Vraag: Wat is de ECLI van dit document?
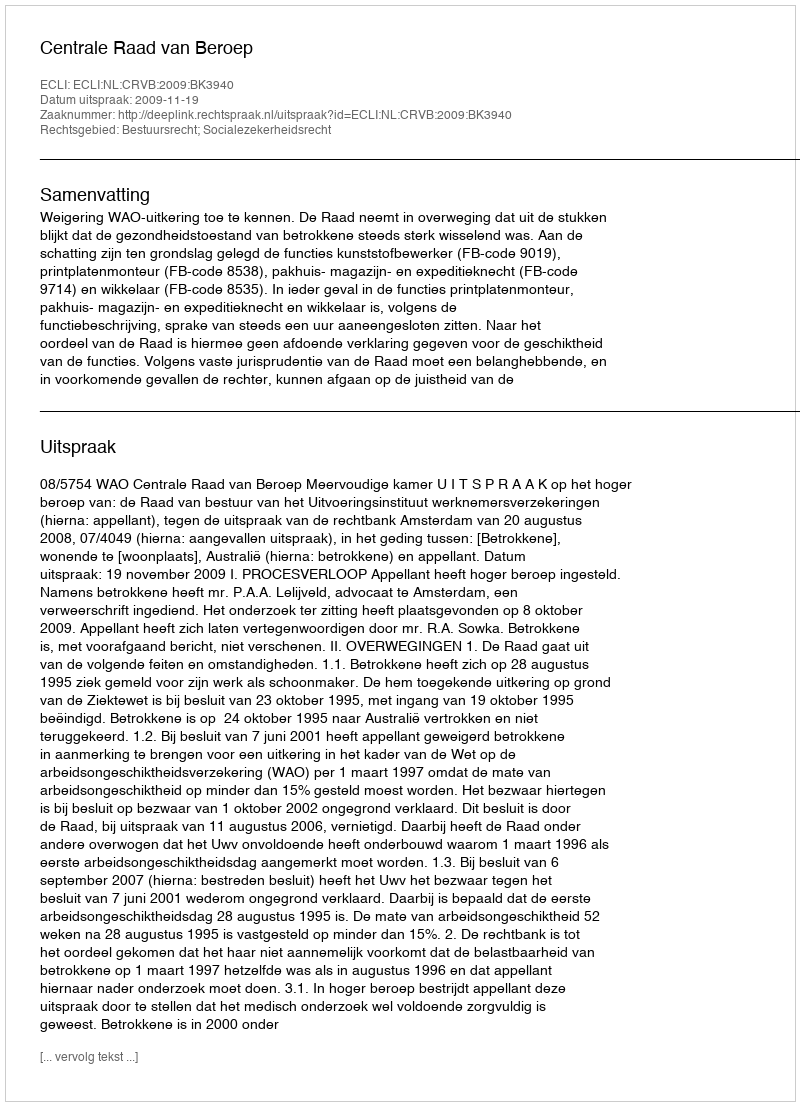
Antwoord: ECLI:NL:CRVB:2009:BK3940